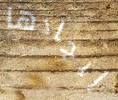
إيجادها